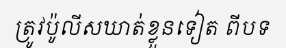
ត្រូវប៉ូលីសឃាត់ខ្លួនទៀត ពីបទ